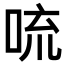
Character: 𪠻